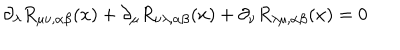
LaTeX: \partial _ { \lambda } R _ { \mu \nu , \alpha \beta } ( x ) + \partial _ { \mu } R _ { \nu \lambda , \alpha \beta } ( x ) + \partial _ { \nu } R _ { \lambda \mu , \alpha \beta } ( x ) = 0